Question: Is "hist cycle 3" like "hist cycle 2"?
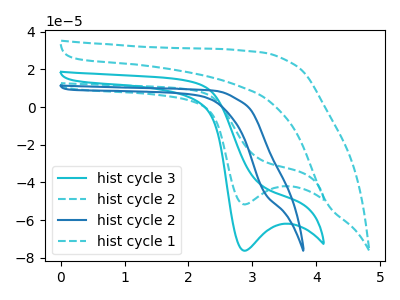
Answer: <think>The cyan curve "hist cycle 3" has a cathodic peak at: (2.90V, -76.30uA). The cyan dashed curve "hist cycle 2" has a cathodic peak at: (2.90V, -51.75uA). The blue curve "hist cycle 2" has no peaks. The cyan dashed curve "hist cycle 1" has no peaks.
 All the peaks in "hist cycle 3" have a peak in "hist cycle 2" at the same potential. Every peak in "hist cycle 3" is higher than every peak in "hist cycle 2".</think>
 <answer>"hist cycle 3" and "hist cycle 2" are similar in shape.</answer>
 <eval>same_shape</eval>